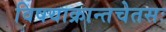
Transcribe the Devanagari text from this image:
विषयाक्रान्तचेतसः